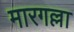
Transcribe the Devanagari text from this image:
मारगल्ला